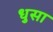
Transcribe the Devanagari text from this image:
धुसा